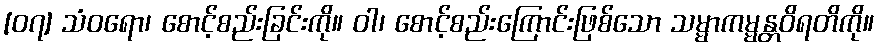
[၀၇] သံဝရော၊ စောင့်စည်းခြင်းကို။ ဝါ၊ စောင့်စည်းကြောင်းဖြစ်သော သမ္မာကမ္မန္တဝိရတိကို။